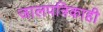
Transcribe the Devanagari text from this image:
जालपत्रिकाही